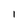
Character: I